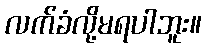
လက်ခံလို့မရပါဘူး။